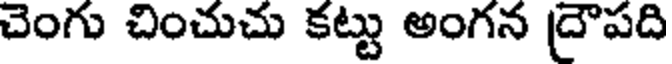
చెంగు చించుచు కట్టు అంగన ద్రౌపది